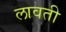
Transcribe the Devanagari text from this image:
लावती